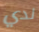
لدي